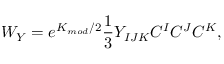
W _ { Y } = e ^ { K _ { m o d } / 2 } \frac { 1 } { 3 } Y _ { I J K } C ^ { I } C ^ { J } C ^ { K } ,